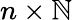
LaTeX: n\times\mathbb{N}